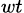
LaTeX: _{wt}